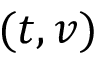
( t , v )